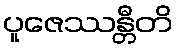
ပူဇေဿန္တီတိ